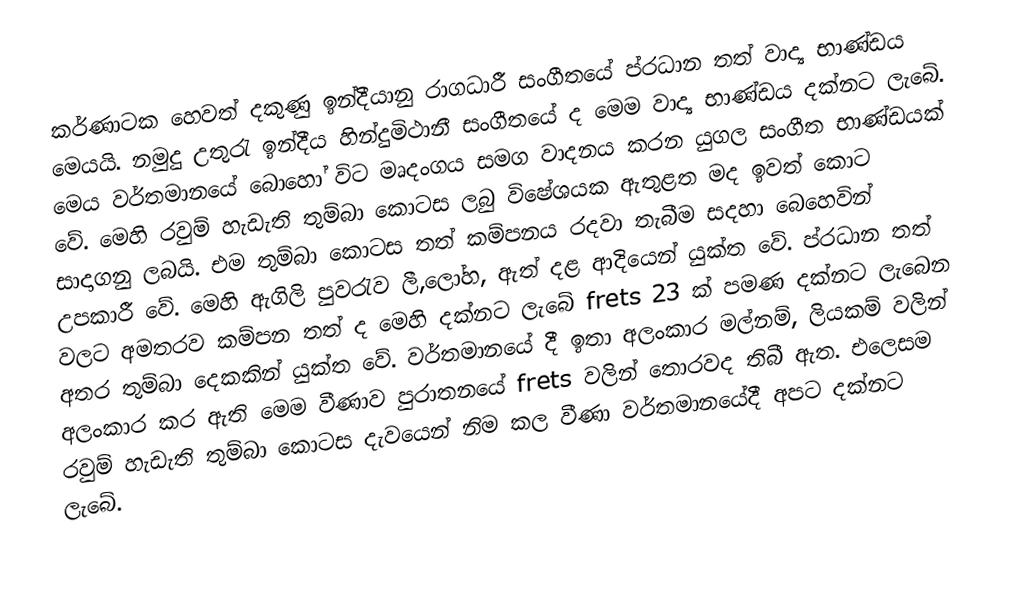
කර්ණාටක හෙවත් දකුණු ඉන්දීයානු රාගධාරී සංගීතයේ ප්රධාන තත් වාද්‍ය භාණ්ඩය මෙයයි. නමුදු උතුරැ ඉන්දීය හින්දුමිථානී සංගීතයේ ද මෙම වාද්‍ය භාණ්ඩය දක්නට ලැබේ. මෙය වර්තමානයේ බොහෝ විට මෘදංගය සමග වාදනය කරන යුගල සංගීත භාණ්ඩයක් වේ. මෙහි රවුම් හැඩැති තුම්බා කොටස ලබු විෂේශයක ඇතුළත මද ඉවත් කොට සාදාගනු ලබයි. එම තුම්බා කොටස තත් කම්පනය රදවා තැබීම සදහා බෙහෙවින් උපකාරී වේ. මෙහි ඇගිලි පුවරැව ලී,ලෝහ, ඇත් දළ ආදියෙන් යුක්ත වේ. ප්රධාන තත් වලට අමතරව කම්පන තත් ද මෙහි දක්නට ලැබේ frets 23 ක් පමණ දක්නට ලැබෙන අතර තුම්බා දෙකකින් යුක්ත වේ. වර්තමානයේ දී ඉතා අලංකාර මල්නම්, ලියකම් වලින් අලංකාර කර ඇති මෙම වීණාව පුරාතනයේ frets වලින් තොරවද තිබී ඇත. එලෙසම රවුම් හැඩැති තුම්බා කොටස දැවයෙන් නිම කල වීණා වර්තමානයේදී අපට දක්නට ලැබේ.